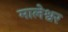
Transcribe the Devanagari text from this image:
मालेश्वर